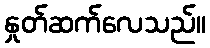
နှုတ်ဆက်လေသည်။